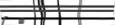
٨